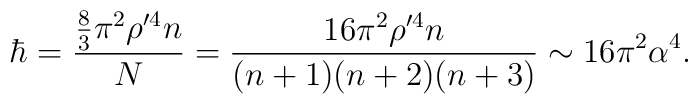
\hbar=\frac{\frac{8}{3}\pi^{2}\rho^{\prime 4} n}{N}=\frac{16\pi^{2}\rho^{\prime 4}n}{(n+1)(n+2)(n+3)}\sim 16\pi^{2}\alpha^{4}.